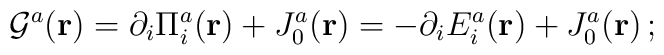
{\cal{G}}^{a}({\bf{r}})=\partial_{i}{\Pi}^a_{i}({\bf{r}})+J^a_0({\bf{r}})=-\partial_{i}E^a_{i}({\bf{r}})+J^a_0({\bf{r}})\,;